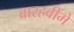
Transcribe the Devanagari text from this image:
बारहवींमें